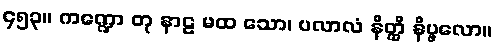
၄၅၃။ ကဏ္ဍော တု နာဠ မထ သော၊ ပလာလံ နိတ္ထိ နိပ္ဖလော။